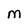
Character: M